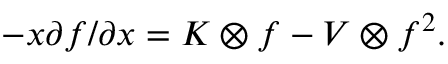
- x \partial f / \partial x = K \otimes f - V \otimes f ^ { 2 } .